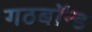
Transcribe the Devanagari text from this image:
गठबॉन्ड